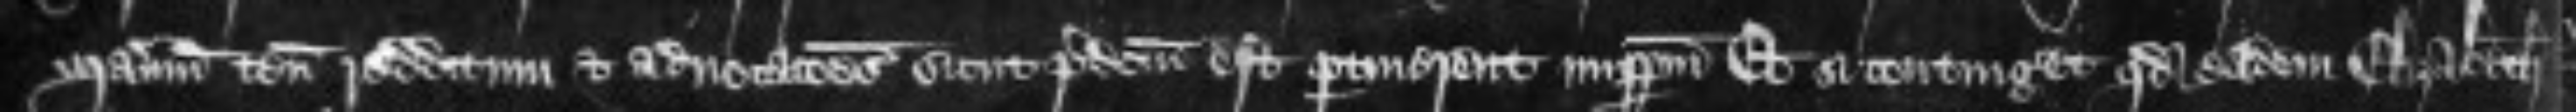
manerium tenementa redditum et advocationes sicut predictum est pertinerent imperpetuum Et si contingeret quod eadem Elizabeth